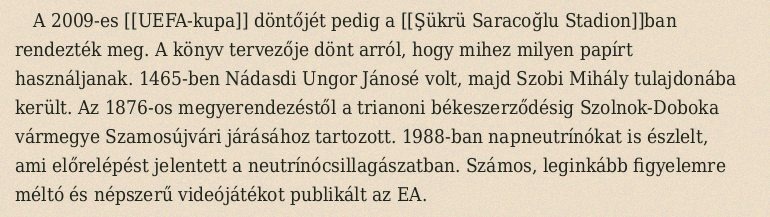
A 2009-es [[UEFA-kupa]] döntőjét pedig a [[Şükrü Saracoğlu Stadion]]ban rendezték meg. A könyv tervezője dönt arról, hogy mihez milyen papírt használjanak. 1465-ben Nádasdi Ungor Jánosé volt, majd Szobi Mihály tulajdonába került. Az 1876-os megyerendezéstől a trianoni békeszerződésig Szolnok-Doboka vármegye Szamosújvári járásához tartozott. 1988-ban napneutrínókat is észlelt, ami előrelépést jelentett a neutrínócsillagászatban. Számos, leginkább figyelemre méltó és népszerű videójátékot publikált az EA.